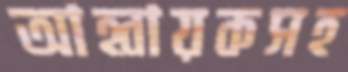
আহ্বায়কসহ